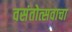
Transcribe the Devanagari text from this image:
वसंतोत्सवाचा